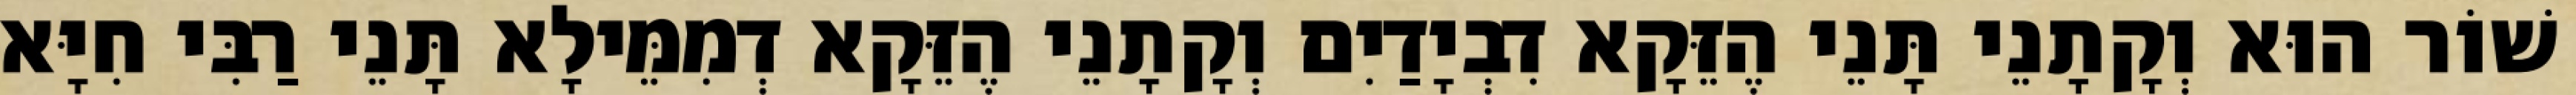
שׁוֹר הוּא וְקָתָנֵי תָּנֵי הֶזֵּקָא דִבְיָדַיִם וְקָתָנֵי הֶזֵּקָא דְמִמֵּילָא תָּנֵי רַבִּי חִיָּא